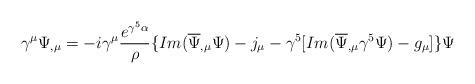
LaTeX: \begin{align*}\gamma^{\mu}\Psi_{,\mu} = -i\gamma^{\mu}\frac{e^{\gamma^{5}\alpha}}{\rho} \{ Im(\overline{\Psi}_{,\mu}\Psi)- j_{\mu}-\gamma^{5} [Im(\overline{\Psi}_{,\mu} \gamma^{5}\Psi) -g_{\mu}] \} \Psi\end{align*}